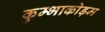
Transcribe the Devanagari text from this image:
कुम्भाकोड़म